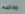
محاميها